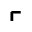
\ulcorner